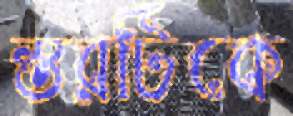
স্তরটিকে